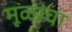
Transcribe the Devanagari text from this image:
मूळांचा